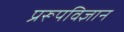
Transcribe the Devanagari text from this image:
प्ररूपविज्ञान